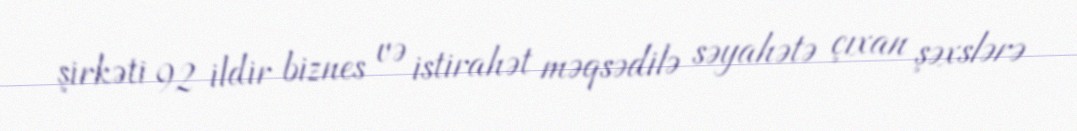
şirkəti 92 ildir biznes və istirahət məqsədilə səyahətə çıxan şəxslərə